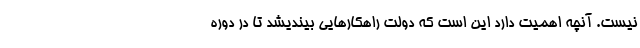
نیست. آنچه اهمیت دارد این است که دولت راهکارهایی بیندیشد تا در دوره